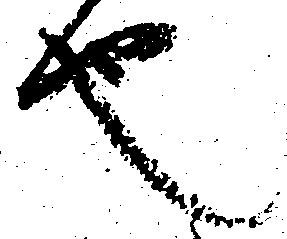
也